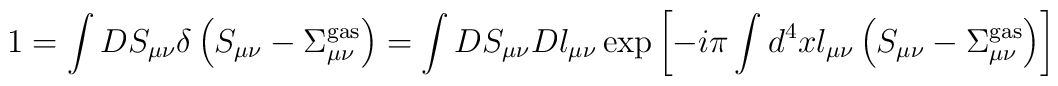
1=\int DS_{\mu\nu}\delta\left(S_{\mu\nu}-\Sigma_{\mu\nu}^{\rm gas}\right)=\int DS_{\mu\nu}Dl_{\mu\nu}\exp\left[-i\pi\int d^4x l_{\mu\nu}\left(S_{\mu\nu}-\Sigma_{\mu\nu}^{\rm gas}\right)\right]